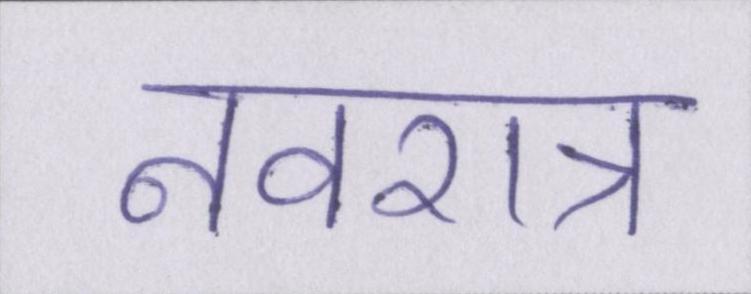
नवरात्र